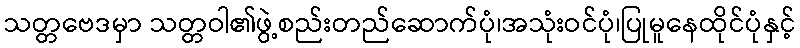
သတ္တဗေဒမှာ သတ္တဝါ၏ဖွဲ့စည်းတည်ဆောက်ပုံ၊အသုံးဝင်ပုံ၊ပြုမူနေထိုင်ပုံနှင့်